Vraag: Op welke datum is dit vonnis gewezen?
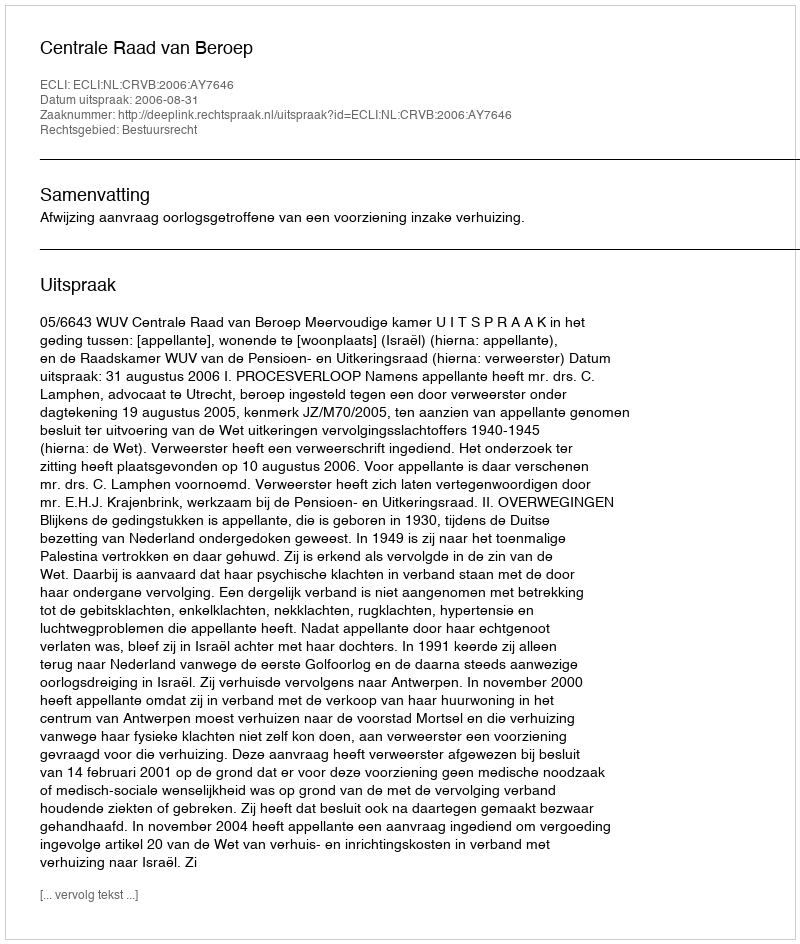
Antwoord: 2006-08-31